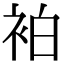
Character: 袙